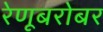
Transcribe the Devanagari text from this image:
रेणूबरोबर